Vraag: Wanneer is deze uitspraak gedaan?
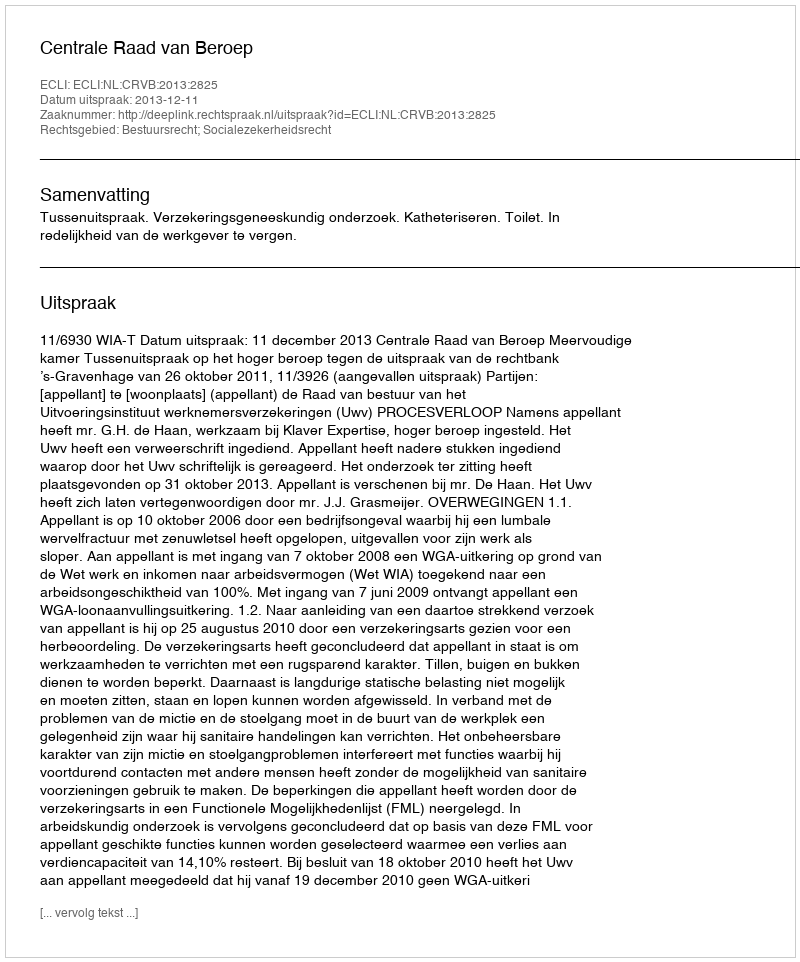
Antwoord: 2013-12-11